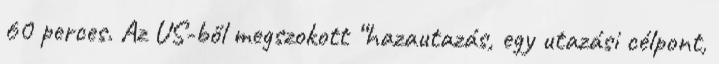
60 perces. Az US-ből megszokott “hazautazás, egy utazási célpont,